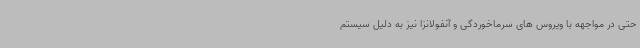
حتی در مواجهه با ویروس های سرماخوردگی و آنفولانزا نیز به دلیل سیستم